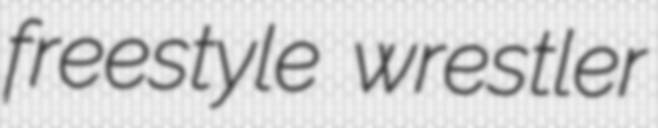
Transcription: freestyle wrestler